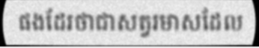
ផងដែរថាជាសត្វរមាសដែល